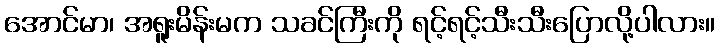
အောင်မာ၊ အရူးမိန်းမက သခင်ကြီးကို ရင့်ရင့်သီးသီးပြောလို့ပါလား။